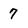
Character: 7